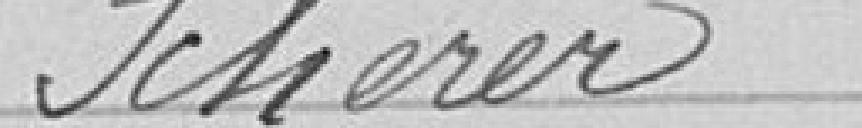
Scherer